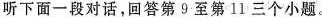
听下面一段对话,回答第9至第11 三个小题.